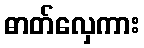
ဓာတ်လှေကား